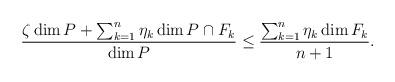
LaTeX: \begin{align*}\frac{\zeta \dim P + \sum_{k=1}^{n} \eta_{k} \dim P \cap F_{k} }{ \dim P} \le \frac{\sum_{k=1}^{n} \eta_{k} \dim F_{ k}}{n+1}.\end{align*}